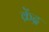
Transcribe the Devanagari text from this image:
क्रेंद्र